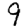
Digit: 9